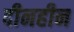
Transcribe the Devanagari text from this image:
दीनहीन